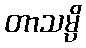
တာသမ္ပိ